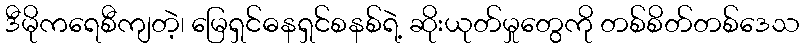
ဒီမိုကရေစီကျတဲ့၊ မြေရှင်ဓနရှင်စနစ်ရဲ့ ဆိုးယုတ်မှုတွေကို တစ်စိတ်တစ်ဒေသ